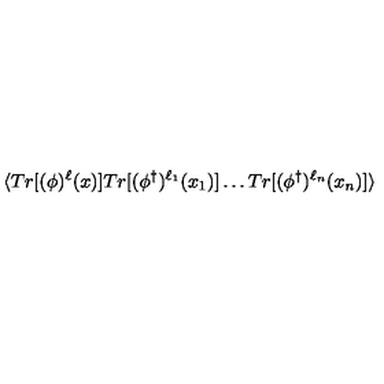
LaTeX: \langle T r [ ( \phi ) ^ { \ell } ( x ) ] T r [ ( \phi ^ { \dagger } ) ^ { \ell _ { 1 } } ( x _ { 1 } ) ] \ldots T r [ ( \phi ^ { \dagger } ) ^ { \ell _ { n } } ( x _ { n } ) ] \rangle